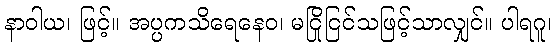
နာဝါယ၊ ဖြင့်။ အပ္ပကသိရေနေဝ၊ မငြိုငြင်သဖြင့်သာလျှင်။ ပါရဂူ၊